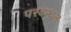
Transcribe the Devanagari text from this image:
परबन्धन